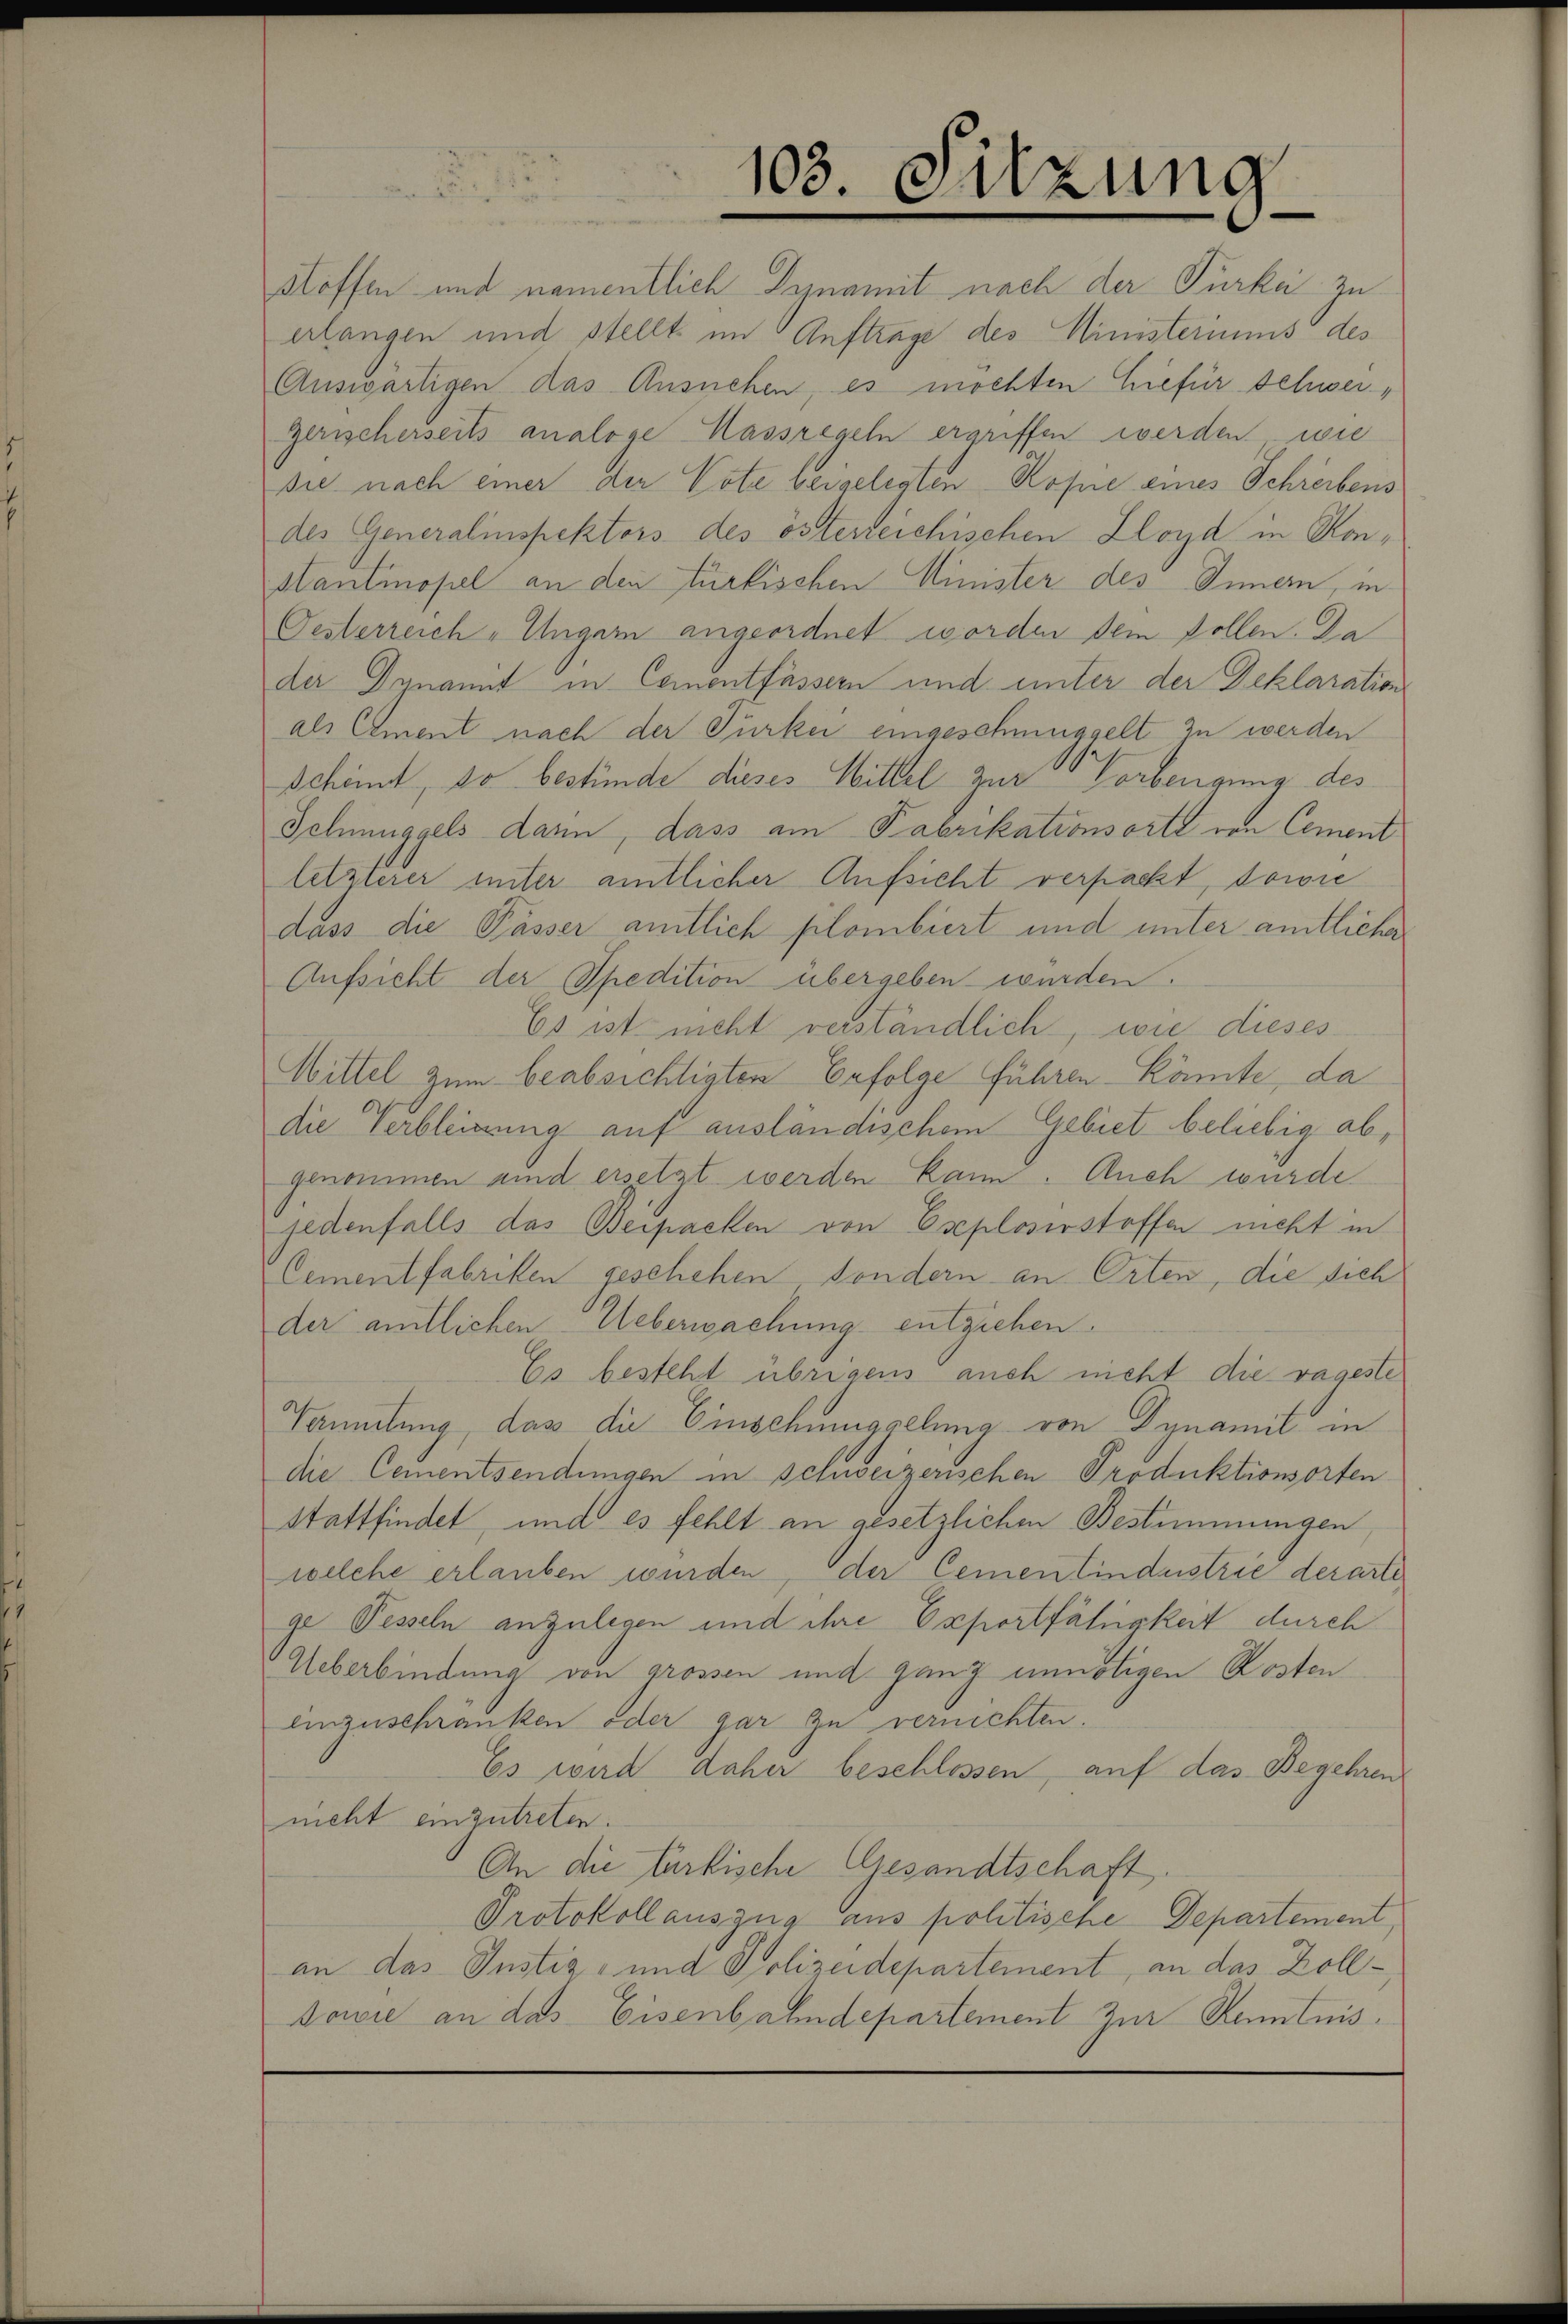
103. Sitzung.

stoffen und namentlich Dynamit nach der Türkei zu
erlangen und stellt im Auftrage des Ministeriums des
Auswärtigen das Ansuchen, es möchten hiefür Schweigerischerseits analoge Massregeln ergriffen werden wie
sie nach einer der Vote beigelegten Kopie eines Schreibens
des Generalinspektors des österreichischen Lloyd in Konstantinopel an den türkischen Minister des Innern, in
Oesterreich „Ungern angeordnet worden dem sollen. Da
der Dynamit in Cementfässern und unter der Deklaration
als Ament nach der Türkei eingeschmuggelt zu werden
scheint, so bestünde dieses Wittel zur Vorbengung des
Schmuggels dann, dass am Fabrikationsorte von Cement
letzterer unter amtlicher Aufsicht verpackt, sowie
dass die Pässer amtlich plombiert und unter amtliche
Aufsicht der Spedition übergeben wurden.
Es ist nicht verständlich, wie dieses
Wittel zum beabsichtigten Erfolge führen könnte, da
die Verbleitung auf ausländischem Gebiet beliebig abgenommen sind ersetzt werden kann. Auch wurde
jedenfalls das Bespacken von Eseploserstoffen nicht in
Cementfabriken geschehen, sondern an Orten, die sich
der amtlichen Ueberwachung entziehen.
Es besteht übrigens auch nicht die vageste
Tammlung, dass die Einschmuggelung von Dynamit in
die Cementsendungen in Schweizerischen Produktionsorten
stattfindet, und es fehlt an gesetzlichen Bestimmungen
welche erlauben wurden, der Cementindustrie derarte
ge Pesseln anzulegen und ihre Exportfähigkeit durch
Ueberbindung von grossen und ganz unnötigen Kosten
einzuschränken oder gar zu vernichten.
Es wird daher beschlossen, auf das Begehren
nicht einzutreten.
An die Garkische Gesandtschaft.
Protokollauszug aus politische Departement,
an das Instiz- und Polizeidepartement, an das Zoll¬
Sowie an das Eisenbahndepartement zur Kenntnis.